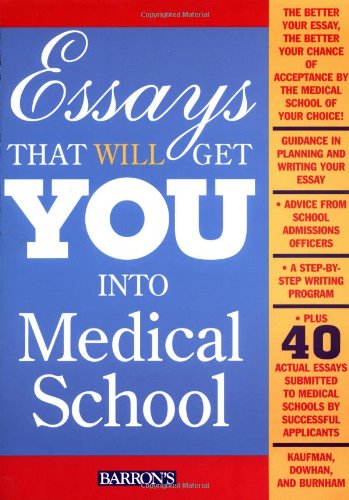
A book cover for Essays That Will Get You Into Medical School; Daniel Kaufman; Test Preparation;